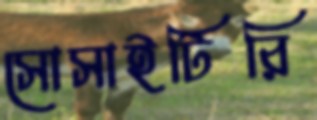
সোসাইটিরি